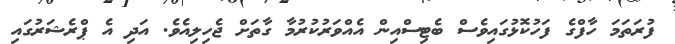
ފުރަތަމަ ހާފްގެ ފަހުކޮޅުގައިވެސް ބެޓިސްއިން އެއްވަރުކުރުމާ ގާތަށް ޖެހިލިއެވެ. އަދި އެ ޕްރެޝަރުގައި